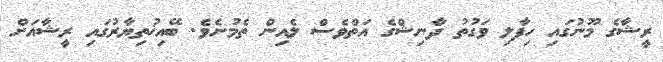
ރީޝާގެ މޫނުގައި ހިފާލި ވަގުތު ދާނިޝްގެ އަތްްވެސް ލެއިން ތެމުނެވެ. ބޭއިޚުތިޔާރުގައިި ރީޝާއަށް